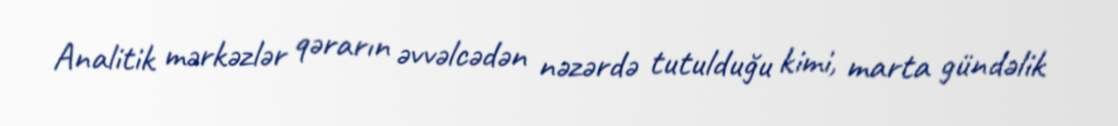
Analitik mərkəzlər qərarın əvvəlcədən nəzərdə tutulduğu kimi, marta gündəlik